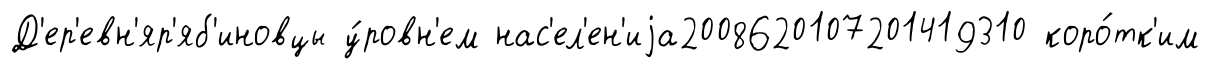
Д'ер'евн'яр'яб'иновцы у́ровн'ем нас'ел'ен'иjа2008620107201419310 коро́тк'им